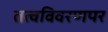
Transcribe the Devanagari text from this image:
तत्वविवरणपर